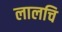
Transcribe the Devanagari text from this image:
लालचि